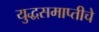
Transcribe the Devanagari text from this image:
युद्धसमाप्तीचे